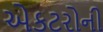
એકટરોની